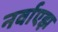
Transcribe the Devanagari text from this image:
नर्वाएझ